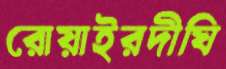
রোয়াইরদীঘি